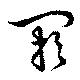
閼